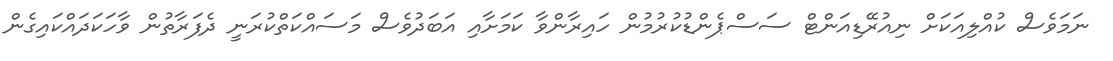
ނަމަވެސް ކުއްލިއަކަށް ނިއުރޭޑިއަންޓް ސަސްޕެންޑުކުރުމުން ހައިރާންވާ ކަމަށާއި އަބަދުވެސް މަސައްކަތްކުރަނީ ދެފަރާތުން ވާހަކަދައްކައިގެން